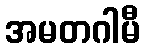
အမတဂါမီ